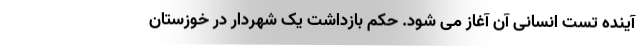
آینده تست انسانی آن آغاز می شود. حکم بازداشت یک شهردار در خوزستان